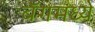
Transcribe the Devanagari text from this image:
बॅगमध्ये